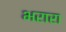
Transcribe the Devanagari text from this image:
भरारा